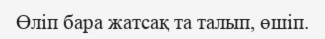
Өліп бара жатсақ та талып, өшіп.